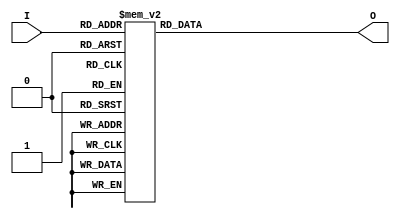
// Ch07 two_com_case.v
// 2's  ( case d)

module two_com_case (I, O);
input  [3:0] I;		// I |J
output [3:0] O;		// O |X
reg    [3:0] O;		// i O s

//  case z 
always@ (I)
  case (I)
    4'b0000 :  O = 4'b0000;
    4'b0001 :  O = 4'b1111;
    4'b0010 :  O = 4'b1110;
    4'b0011 :  O = 4'b1101;
    4'b0100 :  O = 4'b1100; 
    4'b0101 :  O = 4'b1011;
    4'b0110 :  O = 4'b1010;
    4'b0111 :  O = 4'b1001;
    4'b1000 :  O = 4'b1000;
    4'b1001 :  O = 4'b0111;
    4'b1010 :  O = 4'b0110;
    4'b1011 :  O = 4'b0101;
    4'b1100 :  O = 4'b0100; 
    4'b1101 :  O = 4'b0011;
    4'b1110 :  O = 4'b0010;
    default :  O = 4'b0001;
  endcase

endmodule